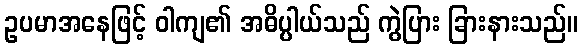
ဥပမာအနေဖြင့် ဝါကျ၏ အဓိပ္ပါယ်သည် ကွဲပြား ခြားနားသည်။